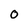
Character: O